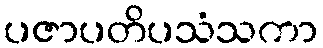
ပဇာပတိပသံသကာ